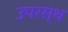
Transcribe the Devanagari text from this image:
उपरस्थ